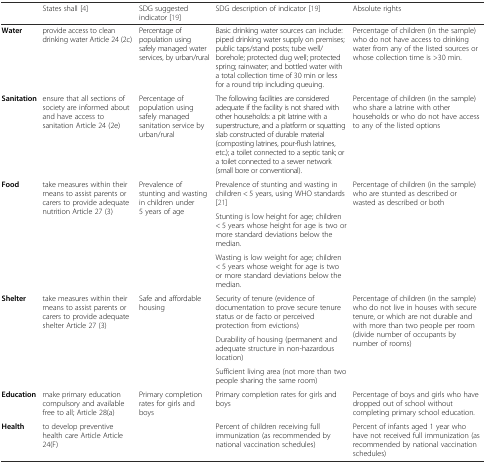
|  | States shall [4] | SDG suggested indicator [19] | SDG description of indicator [19] | Absolute rights |
 | --- | --- | --- | --- | --- |
 | Water | provide access to clean drinking water Article 24 (2c) | Percentage of population using safely managed water services, by urban/rural | Basic drinking water sources can include: piped drinking water supply on premises; public taps/stand posts; tube well/borehole; protected dug well; protected spring; rainwater; and bottled water with a total collection time of 30 min or less for a round trip including queuing. | Percentage of children (in the sample) who do not have access to drinking water from any of the listed sources or whose collection time is >30 min. |
 | Sanitation | ensure that all sections of society are informed about and have access to sanitation Article 24 (2e) | Percentage of population using safely managed sanitation service by urban/rural | The following facilities are considered adequate if the facility is not shared with other households: a pit latrine with a superstructure, and a platform or squatting slab constructed of durable material (composting latrines, pour-flush latrines, etc.); a toilet connected to a septic tank; or a toilet connected to a sewer network (small bore or conventional). | Percentage of children (in the sample) who share a latrine with other households or who do not have access to any of the listed options |
 | <ROWSPAN=3> Food | <ROWSPAN=3> take measures within their means to assist parents or carers to provide adequate nutrition Article 27 (3) | <ROWSPAN=3> Prevalence of stunting and wasting in children under 5 years of age | Prevalence of stunting and wasting in children < 5 years, using WHO standards [21] | <ROWSPAN=3> Percentage of children (in the sample) who are stunted as described or wasted as described or both |
 | Stunting is low height for age; children < 5 years whose height for age is two or more standard deviations below the median. |
 | Wasting is low weight for age; children < 5 years whose weight for age is two or more standard deviations below the median. |
 | <ROWSPAN=3> Shelter | <ROWSPAN=3> take measures within their means to assist parents or carers to provide adequate shelter Article 27 (3) | <ROWSPAN=3> Safe and affordable housing | Security of tenure (evidence of documentation to prove secure tenure status or de facto or perceived protection from evictions) | <ROWSPAN=3> Percentage of children (in the sample) who do not live in houses with secure tenure, or which are not durable and with more than two people per room (divide number of occupants by number of rooms) |
 | Durability of housing (permanent and adequate structure in non-hazardous location) |
 | Sufficient living area (not more than two people sharing the same room) |
 | Education | make primary education compulsory and available free to all; Article 28(a) | Primary completion rates for girls and boys | Primary completion rates for girls and boys | Percentage of boys and girls who have dropped out of school without completing primary school education. |
 | Health | to develop preventive health care Article Article 24(F) |  | Percent of children receiving full immunization (as recommended by national vaccination schedules) | Percent of infants aged 1 year who have not received full immunization (as recommended by national vaccination schedules) |